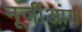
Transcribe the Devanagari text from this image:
नूजीआंग